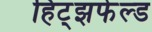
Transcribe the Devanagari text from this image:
हिट्झफेल्ड